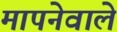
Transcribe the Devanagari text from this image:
मापनेवाले